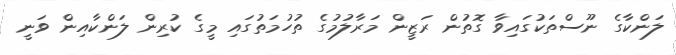
ލަންކާގެ ނޫސްތަކުގައިވާ ގޮތުން ރަޒީން މަރާލުމުގެ ތުހުމަތުގައި މީގެ ކުރިން ލަންކާއިން ވަނީ